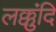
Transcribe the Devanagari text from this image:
लक्कुंदि